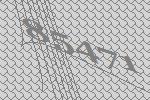
85471